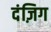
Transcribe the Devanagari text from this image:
दंज़िग